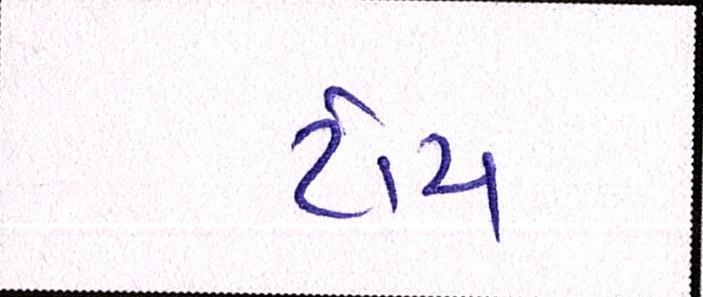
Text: ટાંચ